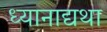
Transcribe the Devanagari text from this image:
ध्यानाद्यथा